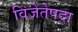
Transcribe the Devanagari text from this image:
विजेतेपदा